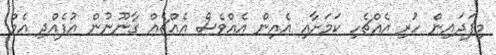
މިފަދައިން ހުރި އެއްޗެހި ކަމަށާއި އެއިން އެއްވެސް އެއްޗެއް ގާނޫނުން އުފެއްދި އެމް.